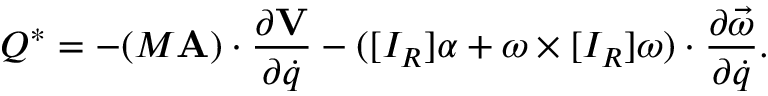
Q ^ { * } = - ( M \mathbf { A } ) \cdot { \frac { \partial \mathbf { V } } { \partial { \dot { q } } } } - ( [ I _ { R } ] \alpha + \omega \times [ I _ { R } ] \omega ) \cdot { \frac { \partial { \vec { \omega } } } { \partial { \dot { q } } } } .